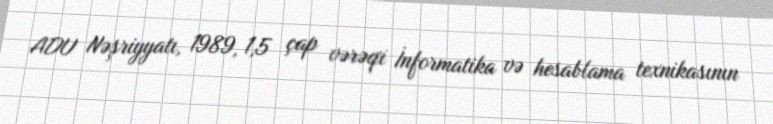
ADU Nəşriyyatı, 1989, 1,5 çap vərəqi İnformatika və hesablama texnikasının